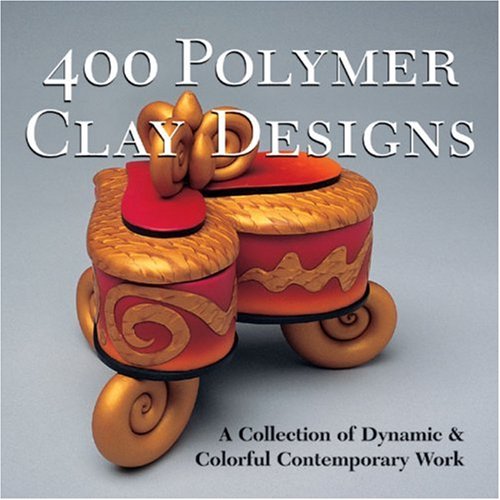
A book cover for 400 Polymer Clay Designs: A Collection of Dynamic & Colorful Contemporary Work (500 Series); Crafts, Hobbies & Home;